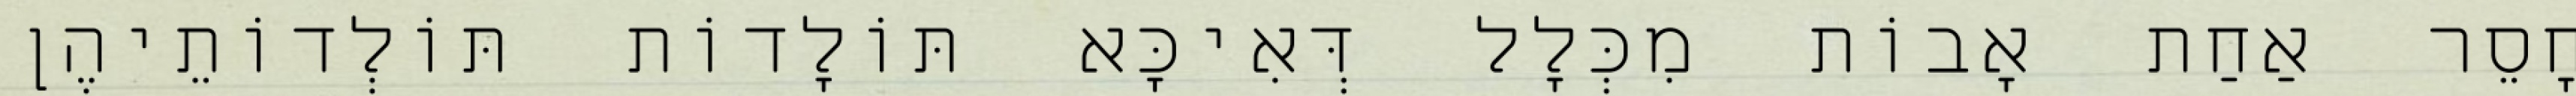
חָסֵר אַחַת אָבוֹת מִכְּלָל דְּאִיכָּא תּוֹלָדוֹת תּוֹלְדוֹתֵיהֶן